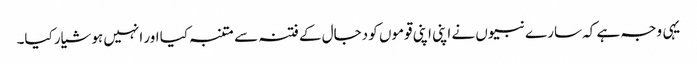
یہی وجہ ہے کہ سارے نبیوں نے اپنی اپنی قوموں کو دجال کے فتنہ سے متنبہ کیا اور انہیں ہوشیار کیا۔